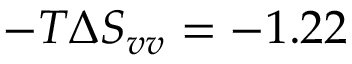
- T \Delta S _ { v v } = - 1 . 2 2